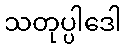
သတုပ္ပါဒေါ